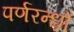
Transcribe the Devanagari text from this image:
पर्णरन्ध्रों